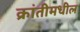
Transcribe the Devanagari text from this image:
क्रांतीमधील